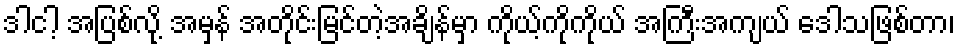
ဒါငါ့ အပြစ်လို့ အမှန် အတိုင်းမြင်တဲ့အချိန်မှာ ကိုယ့်ကိုကိုယ် အကြီးအကျယ် ဒေါသဖြစ်တာ၊